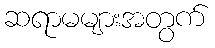
ဆရာမများအတွက်